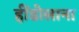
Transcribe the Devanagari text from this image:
हींडोलाना